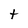
Character: t